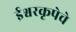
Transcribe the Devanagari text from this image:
ईश्वरकृपेचे